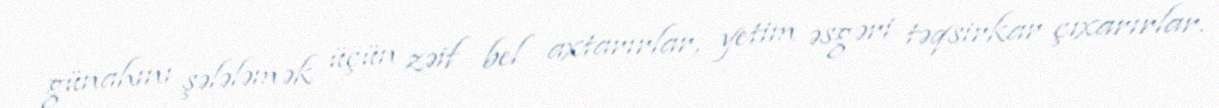
günahını şələləmək üçün zəif bel axtarırlar, yetim əsgəri təqsirkar çıxarırlar.